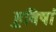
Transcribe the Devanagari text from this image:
ह॒विषा॑